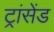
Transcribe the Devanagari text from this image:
ट्रांसेंड